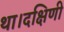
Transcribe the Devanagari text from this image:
था।दक्षिणी